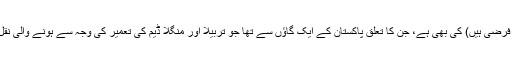
کچھ ایسی ہی کہانی نگہت (تمام نام فرضی ہیں) کی بھی ہے، جن کا تعلق پاکستان کے ایک گاؤں سے تھا جو تربیلا اور منگلا ڈیم کی تعمیر کی وجہ سے ہونے والی نقل مکانی کے نتیجے میں آباد ہوا تھا۔